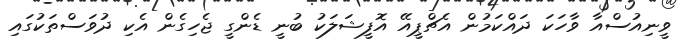
ވީނިއުސްއާ ވާހަކަ ދައްކަމުން އެޗްޕީއޭ އޮފީޝަލަކު ބުނީ ޑެންގީ ޖެހިގެން އެކި ދުވަސްތަކުގައި